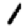
Digit: 1